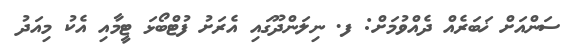
ސަންއަށް ޚަބަރެއް ދެއްވުމަށް: ފ. ނިލަންދޫގައި އެރަށު ފުޓްބޯޅަ ޓީމާއި އެކު މިއަދު